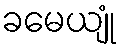
ခမေယျုံ